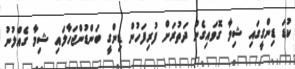
ކުޑަ ޑިންގީގައި ޝިމާ ގޮވައިގެން ދަތުރަށް ފުރިފަހުން ޑިންގީ ބަންޑުންޖަހާލައި ޝިމާ ގެއްލުނު